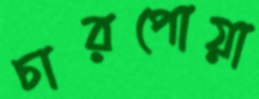
চারপোয়া